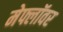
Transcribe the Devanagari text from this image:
मेफ्लॉवर